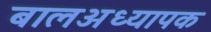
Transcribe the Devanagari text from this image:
बालअध्यापक